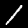
Digit: 1